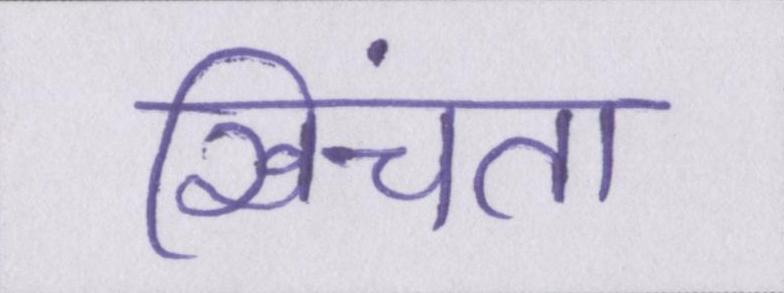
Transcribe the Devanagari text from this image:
खिंचता